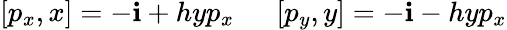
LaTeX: [p_{x},x]=-\mathbf{i}+hyp_{x}\ \ \ \ \ \ [p_{y},y]=-\mathbf{i}-hyp_{x}